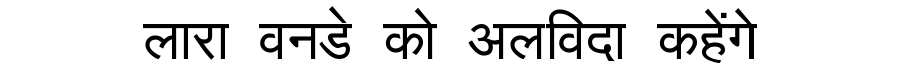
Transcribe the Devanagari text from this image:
लारा वनडे को अलविदा कहेंगे